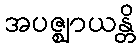
အပဇ္ဈာယန္တိ